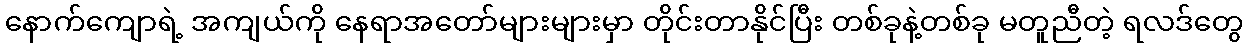
နောက်ကျောရဲ့ အကျယ်ကို နေရာအတော်များများမှာ တိုင်းတာနိုင်ပြီး တစ်ခုနဲ့တစ်ခု မတူညီတဲ့ ရလဒ်တွေ